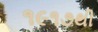
૧૯૧૭થી